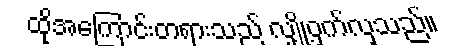
ထိုအကြောင်းတရားသည် လျှို့ဝှက်လှသည်။